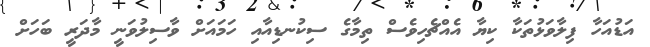
އަޑުއަހާ ފިލާވަޅުތަކާ ކިޔާ އެއްޗެހިވެސް ތިމާގެ ސިކުނޑިއާއި ހަމައަށް ވާސިލުވަނީ މާދަރީ ބަހަށް